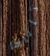
تاناكا